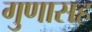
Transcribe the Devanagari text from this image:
गुणासह